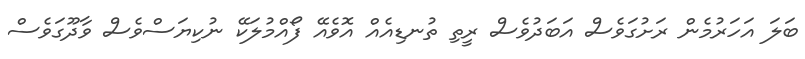
ބަލަ އަހަރުމެން ރަށުގަވެސް އަބަދުވެސް ރީތި ތުނޑިއެެއް އޮވެއޭ ފޯއްމުލަކޭ ނުކިޔަސްވެސް ވާދޫގަވެސް